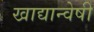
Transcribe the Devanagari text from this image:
खाद्यान्वेषी